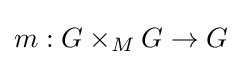
m:G\times _{M}G\to G